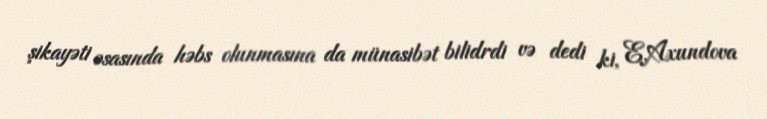
şikayəti əsasında həbs olunmasına da münasibət bilidrdi və dedi ki, E.Axundova